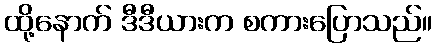
ထို့နောက် ဒီဒီယားက စကားပြောသည်။